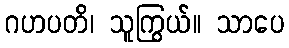
ဂဟပတိ၊ သူကြွယ်။ သာပေ